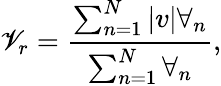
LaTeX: \mathscr{V}_{r}=\frac{\sum_{n=1}^{N}|v|\forall_{n}}{\sum_{n=1}^{N}\forall_{n}},